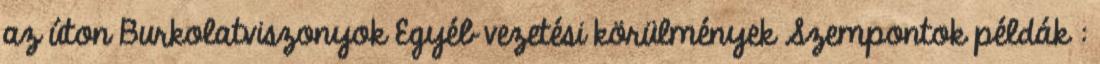
az úton Burkolatviszonyok Egyéb vezetési körülmények Szempontok példák :